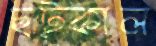
ছট্‌কাল